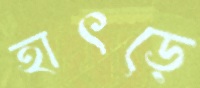
হাৎড়ে